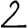
Digit: 2